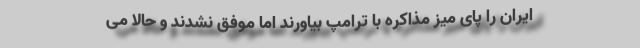
ایران را پای میز مذاکره با ترامپ بیاورند اما موفق نشدند و حالا می